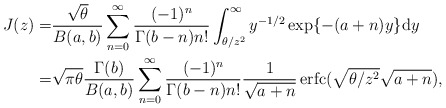
\begin{align*}J(z)=&\frac{\sqrt\theta}{B(a,b)}\sum_{n=0}^\infty\frac{(-1)^n}{\Gamma(b-n)n!}\int_{\theta/z^2}^{\infty}y^{-1/2}\exp\{-(a+n)y \}\mathrm{d}y\\=&\sqrt{\pi\theta}\frac{\Gamma(b)}{B(a,b)}\sum_{n=0}^{\infty}\frac{ (-1)^n}{\Gamma(b-n)n!}\frac{1}{\sqrt{a+n}}\operatorname{erfc}(\sqrt{\theta/z^2}\sqrt{a+n}),\end{align*}